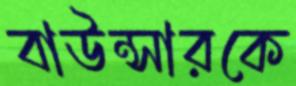
বাউন্সারকে